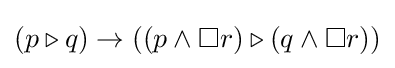
(p\triangleright q)\rightarrow ((p\wedge \Box r)\triangleright (q\wedge \Box r))